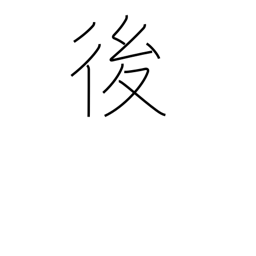
Meaning: later